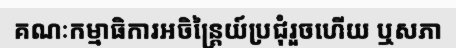
គណៈកម្មាធិការអចិន្ត្រៃយ៍ប្រជុំរួចហើយ ឬសភា